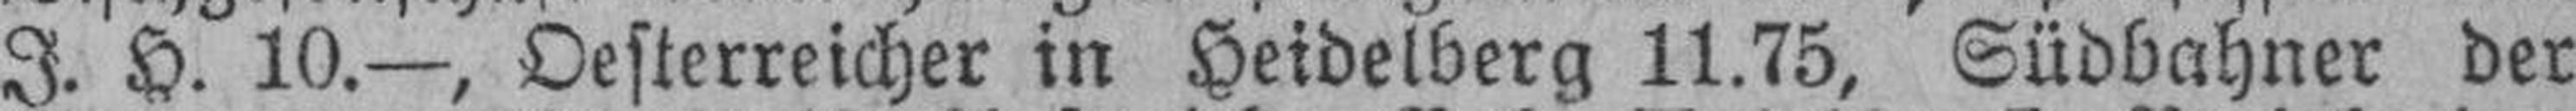
I. H. 10.—, Oesterreicher in Heidelberg 11.75, Südbahner der